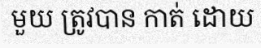
មួយ ត្រូវបាន កាត់ ដោយ